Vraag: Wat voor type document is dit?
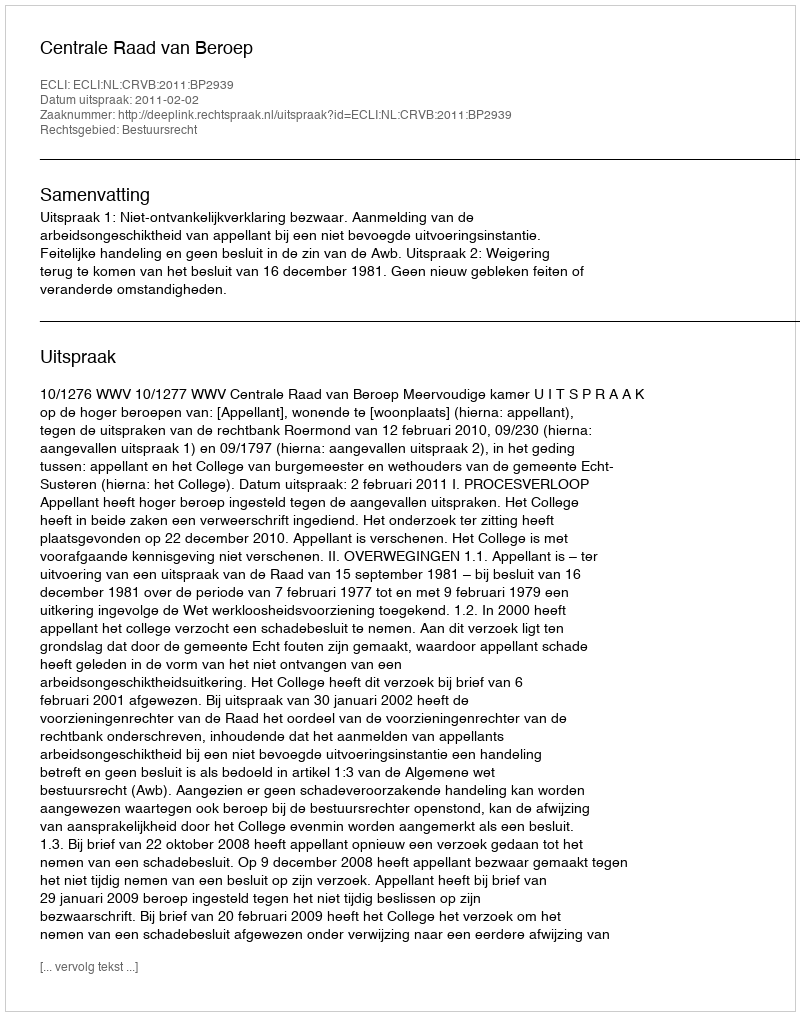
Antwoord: Uitspraak